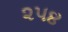
૨૫૪